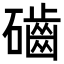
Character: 𥗊